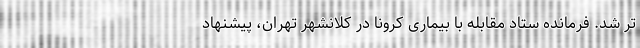
تر شد. فرمانده ستاد مقابله با بیماری کرونا در کلانشهر تهران، پیشنهاد